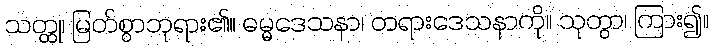
သတ္ထု၊ မြတ်စွာဘုရား၏။ ဓမ္မဒေသနာ၊ တရားဒေသနာကို။ သုတွာ၊ ကြား၍။